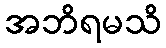
အဘိရမသိ